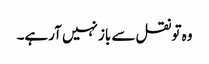
وہ تو نقل سے باز نہیں آرہے۔